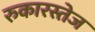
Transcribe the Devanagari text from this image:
रुकारस्तेज